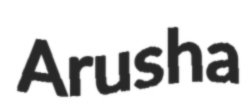
Arusha